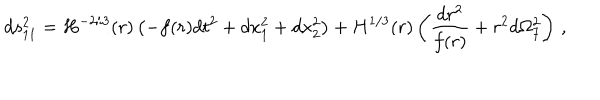
d s _ { 1 1 } ^ { 2 } = H ^ { - 2 / 3 } ( r ) \left( - f ( r ) d t ^ { 2 } + d x _ { 1 } ^ { 2 } + d x _ { 2 } ^ { 2 } \right) + H ^ { 1 / 3 } ( r ) \left( \frac { d r ^ { 2 } } { f ( r ) } + r ^ { 2 } d \Omega _ { 7 } ^ { 2 } \right) \, ,